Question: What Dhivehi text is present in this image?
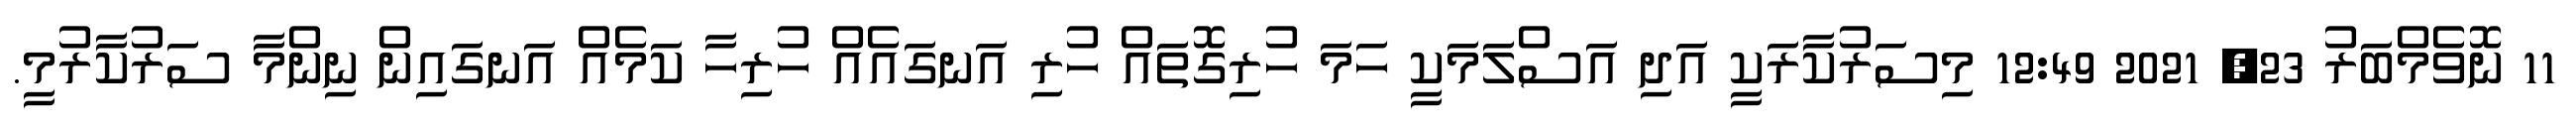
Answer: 11 ނޮވެމްބަރު 23, 2021 12:49 މިސަރުކާރަކީ އަދި އަސްލަމަކީ ހަމަ ހުރިގޮތައް ހުރި އަނގައެއް ހުރިހާ ކަމެއް އަނގައިން ނިންމާ ސަރުކާރުމީ.